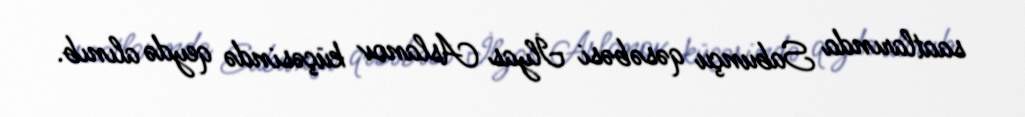
saatlarında Sabunçu qəsəbəsi İlyas Aslanov küçəsində qeydə alınıb.